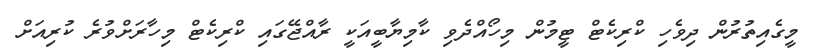
މީގެއިތުރުން ދިވެހި ކްރިކެޓް ޓީމުން މިހޯއްދެވި ކާމިޔާބީއަކީ ރާއްޖޭގައި ކްރިކެޓް މިހާރަށްވުރެ ކުރިއަށް